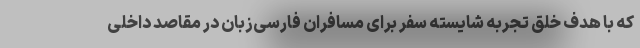
که با هدف خلق تجربه شایسته سفر برای مسافران فارسی‌زبان در مقاصد داخلی